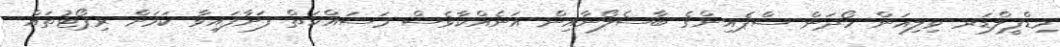
މިޑްފީލްޑަރ ވިލިއަން ހޯދަން ސްޕެއިންގެ ބާސެލޯނާއިން އަނެއްކާވެސް މަސައްކަތް ފަށާފައިވާ ކަމަށް ރިޕޯޓުތައް